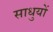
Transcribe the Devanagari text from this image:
साधुयों